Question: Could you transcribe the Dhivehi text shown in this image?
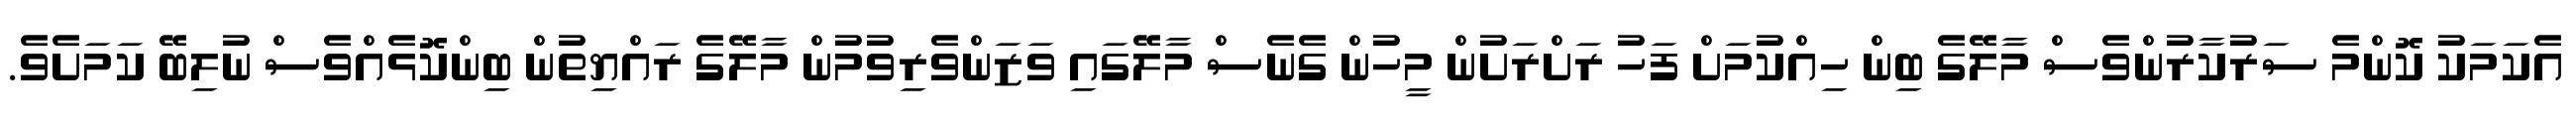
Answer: އެކަމަކު ކޮންމެ ސަރުކާރުންވެސް މާލޭގެ ބިން ހިއްކުމަށް ފަހު ރަށްރަށުން މީހުން ގެނެސް މާލޭގައި ވަޒަންވެރިވުމުން މާލޭގެ ރައްޔިތުން ބިންކޮޅެއްވެސް ނުލިބޭ ކަމަށެވެ.